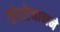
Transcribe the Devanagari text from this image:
तोत्तोचानने